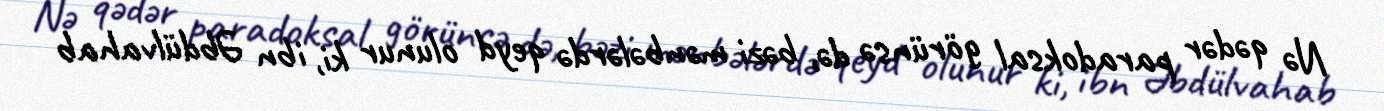
Nə qədər paradoksal görünsə də, bəzi mənbələrdə qeyd olunur ki, ibn Əbdülvahab